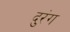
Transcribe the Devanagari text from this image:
दुरंग